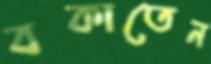
বকাতেন